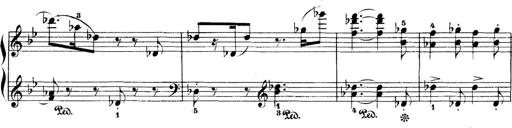
Title: 5 Sonatinas
Composer: Theodor Kirchner